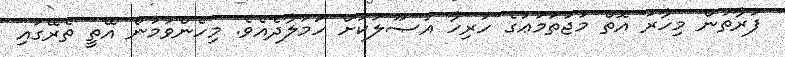
ފަރާތުން މިހާރު އޮތް މުޖުތަމަޢުގެ ހުރިހާ އުޞޫލަކަށް ހަމަލާދެއެވެ. މިހެންވުމުން އޭތީ ތެރޭގައި